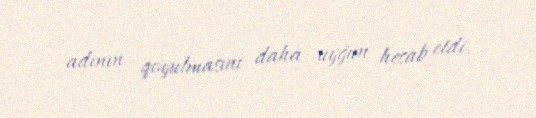
adının qoyulmasını daha uyğun hesab etdi.